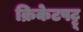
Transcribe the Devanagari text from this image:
क्रिकेटपट्टू